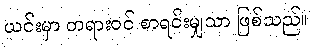
ယင်းမှာ တရားဝင် စာရင်းမျှသာ ဖြစ်သည်။